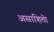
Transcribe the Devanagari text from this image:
असाहितो